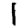
Digit: 1